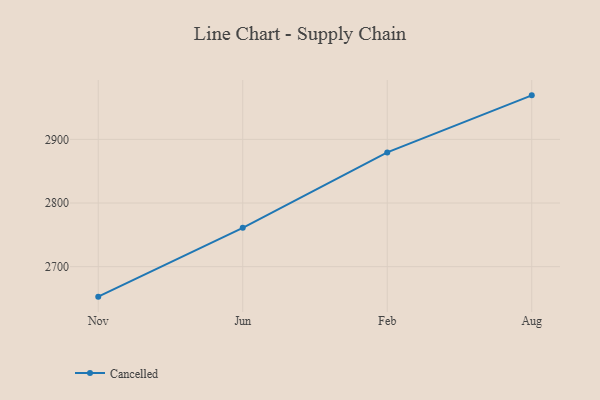
{"axis": {"x": "Month", "y": "Latency (ms)"}, "legend": ["Cancelled"], "data": [{"x": "Nov", "y": 2652.9, "type": "Cancelled"}, {"x": "Jun", "y": 2761.0, "type": "Cancelled"}, {"x": "Feb", "y": 2879.5, "type": "Cancelled"}, {"x": "Aug", "y": 2969.2, "type": "Cancelled"}]}